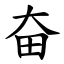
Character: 奋